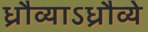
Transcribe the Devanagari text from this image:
ध्रौव्याऽध्रौव्ये